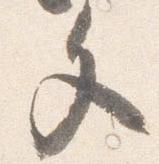
文